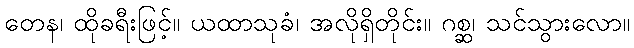
တေန၊ ထိုခရီးဖြင့်။ ယထာသုခံ၊ အလိုရှိတိုင်း။ ဂစ္ဆ၊ သင်သွားလော။